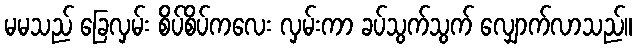
မမသည် ခြေလှမ်း စိပ်စိပ်ကလေး လှမ်းကာ ခပ်သွက်သွက် လျှောက်လာသည်။